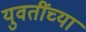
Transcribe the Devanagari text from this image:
युवतींच्या